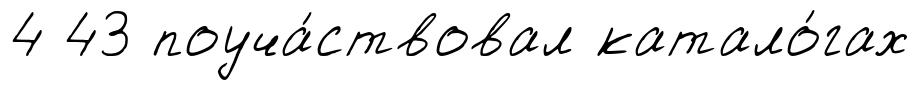
4 43 поуча́ствовал катало́гах